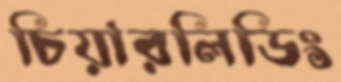
চিয়ারলিডিং